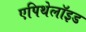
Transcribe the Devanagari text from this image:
एपिथेलॉइड